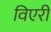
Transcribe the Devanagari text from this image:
विएरी